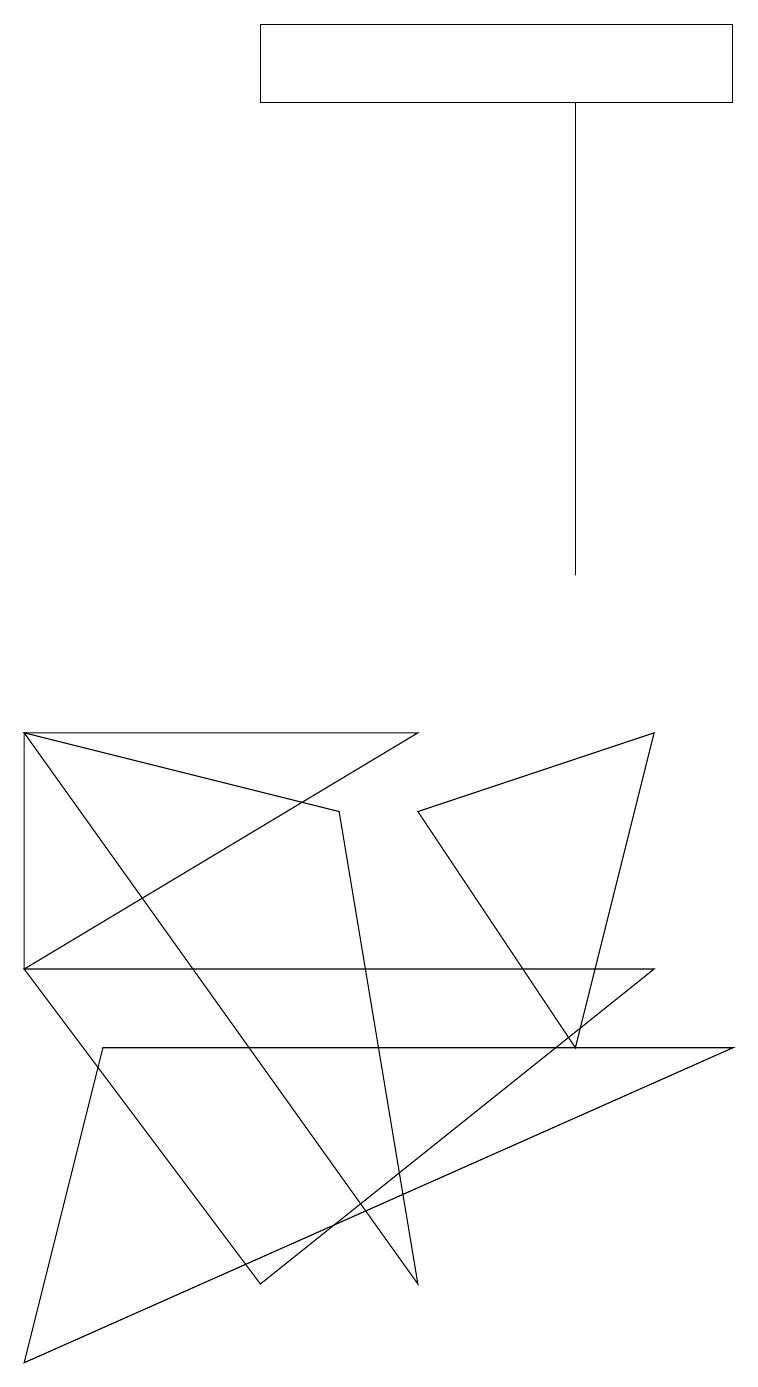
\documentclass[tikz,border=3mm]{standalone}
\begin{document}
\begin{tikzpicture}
\draw (0,9) -- (5,2) -- (4,8) -- cycle;
\draw (9,17) rectangle (3,18);
\draw (7,11) rectangle (7,17);
\draw (0,6) -- (8,6) -- (3,2) -- cycle;
\draw (0,9) -- (0,6) -- (5,9) -- cycle;
\draw (1,5) -- (9,5) -- (0,1) -- cycle;
\draw (5,8) -- (8,9) -- (7,5) -- cycle;
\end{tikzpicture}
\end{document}